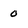
Character: 0